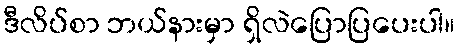
ဒီလိပ်စာ ဘယ်နားမှာ ရှိလဲပြောပြပေးပါ။